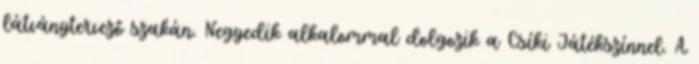
látványtervező szakán. Negyedik alkalommal dolgozik a Csíki Játékszínnel. A